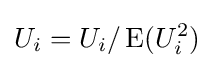
U_{i}=U_{i}/\operatorname {E} (U_{i}^{2})